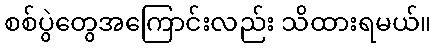
စစ်ပွဲတွေအကြောင်းလည်း သိထားရမယ်။